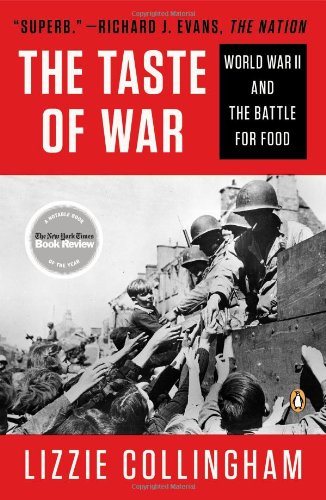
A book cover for Taste of War: World War II and the Battle for Food; Lizzie Collingham; Science & Math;